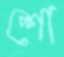
শো